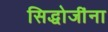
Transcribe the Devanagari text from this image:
सिद्धोजींना